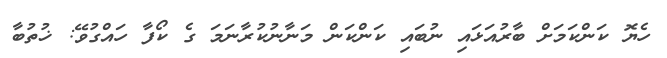
ހެޔޮ ކަންކަމަށް ބާރުއަޅައި ނުބައި ކަންކަން މަނާނުކުރާނަމަ ގެ ކޯފާ ހައްގުވޭ: ޚުތުބާ